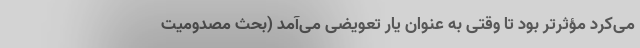
می‌کرد مؤثر‌تر بود تا وقتی به عنوان یار تعویضی می‌آمد (بحث مصدومیت